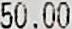
50.00